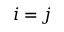
i = j